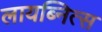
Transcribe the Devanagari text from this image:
लायब्नित्स